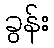
ခွန်း